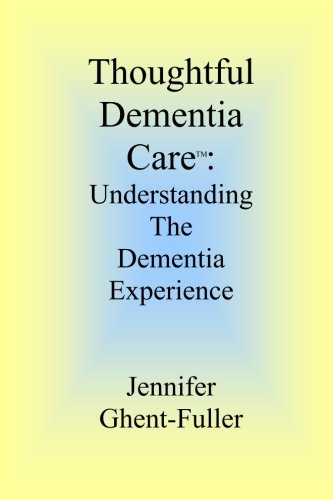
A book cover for Thoughtful Dementia Care: Understanding the Dementia Experience; Jennifer Ghent-Fuller; Health, Fitness & Dieting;